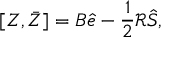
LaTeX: [ Z , \bar { Z } ] = B \hat { e } - \frac { 1 } { 2 } \mathcal R \hat { S } ,